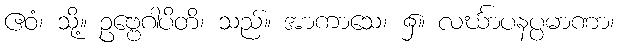
ဧဝံ၊ သို့။ ဥဗ္ဗေဂါပိတိ၊ သည်။ အာကာသေ၊ ၌။ လင်္ဃာပနပ္ပမာဏာ၊